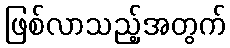
ဖြစ်လာသည့်အတွက်